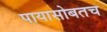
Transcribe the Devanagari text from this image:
पायासोबतच